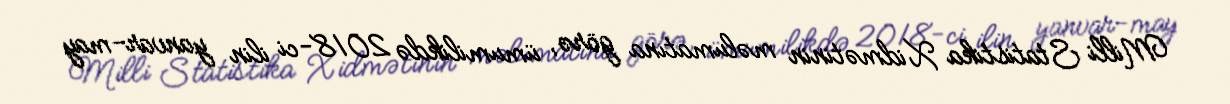
Milli Statistika Xidmətinin məlumatına görə, ümumilikdə 2018-ci ilin yanvar-may